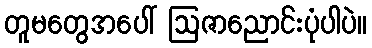
တူမတွေအပေါ် ဩဇာညောင်းပုံပါပဲ။